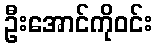
ဦးအောင်ကိုဝင်း